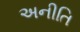
અનીતિ